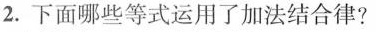
2.下面哪些等式运用了加法结合律?